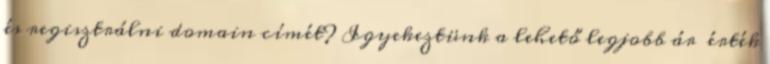
és regisztrálni domain címét? Igyekeztünk a lehető legjobb ár érték